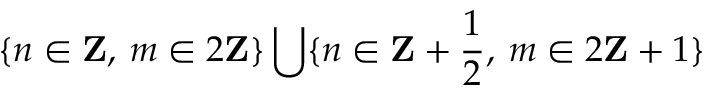
\{ n \in \mathbf { Z } , \: m \in 2 \mathbf { Z } \} \bigcup \{ n \in \mathbf { Z } + \frac { 1 } { 2 } , \: m \in 2 \mathbf { Z } + 1 \}